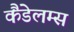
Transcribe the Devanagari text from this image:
कैंडेलम्स